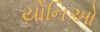
યોનિઓ